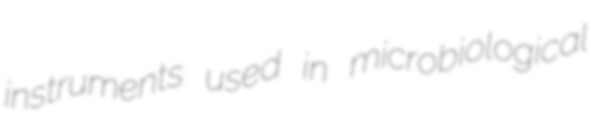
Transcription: instruments used in microbiological